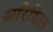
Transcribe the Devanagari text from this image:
अरिशिल